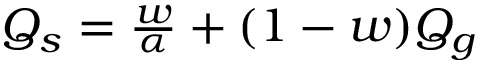
\begin{array} { r } { Q _ { s } = \frac { w } { \alpha } + ( 1 - w ) Q _ { g } } \end{array}